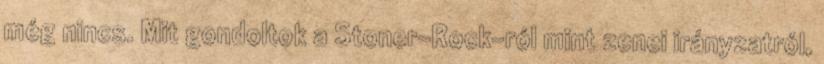
még nincs. Mit gondoltok a Stoner-Rock-ról mint zenei irányzatról,